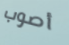
أصوب